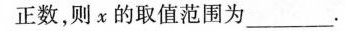
正数，则x的取值范围为_。